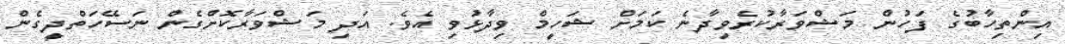
އިންތިހާބުގެ ފަހުން މަޝްވަރާކުރެވިދާނެ ކަމަށް ޝަހީމް ވިދާޅުވި އެވެ. އަދި މަޝްވަރާކޮށްގެން ނަސޭހަތްދީގެން